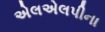
એલએલપીના